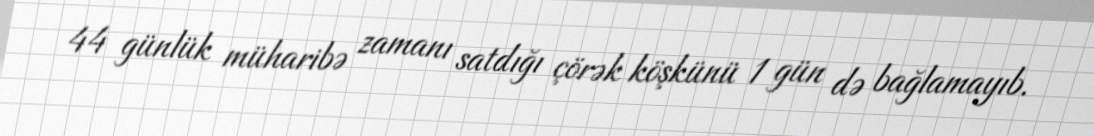
44 günlük müharibə zamanı satdığı çörək köşkünü 1 gün də bağlamayıb.